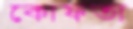
কোফতা